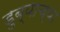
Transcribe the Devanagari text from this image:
डुब्याच्या